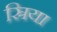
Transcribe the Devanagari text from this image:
स्रिया